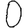
Digit: 0